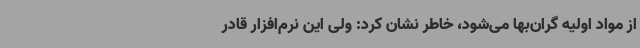
از مواد اولیه گران‌بها می‌شود، خاطر نشان کرد: ولی این نرم‌افزار قادر